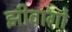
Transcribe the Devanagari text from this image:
झीवागो